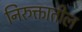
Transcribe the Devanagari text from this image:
निरुक्तातील